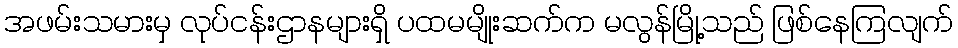
အဖမ်းသမားမှ လုပ်ငန်းဌာနများရှိ ပထမမျိုးဆက်က မလွန်မြို့သည် ဖြစ်နေကြလျက်